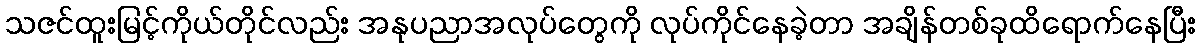
သဇင်ထူးမြင့်ကိုယ်တိုင်လည်း အနုပညာအလုပ်တွေကို လုပ်ကိုင်နေခဲ့တာ အချိန်တစ်ခုထိရောက်နေပြီး